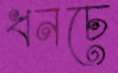
ধনচে